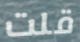
قلت